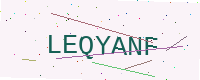
Text: LEQYANF